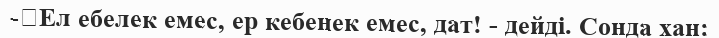
-	Ел ебелек емес, ер кебенек емес, дат! - дейді. Сонда хан: